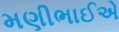
મણીભાઈએ